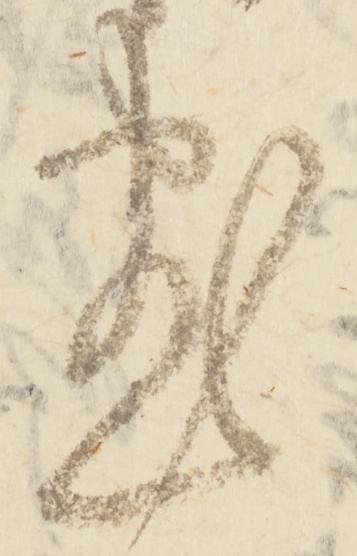
尽